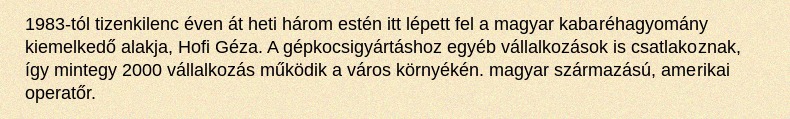
1983-tól tizenkilenc éven át heti három estén itt lépett fel a magyar kabaréhagyomány kiemelkedő alakja, Hofi Géza. A gépkocsigyártáshoz egyéb vállalkozások is csatlakoznak, így mintegy 2000 vállalkozás működik a város környékén. magyar származású, amerikai operatőr.